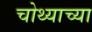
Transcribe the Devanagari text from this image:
चोथ्याच्या